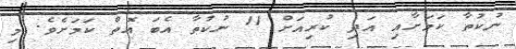
ނުކުތާ ކަމަށާއި އަދި ކުރިއަށް 11 ނުކުތާ އެބަ އޮތް ކަމަށެވެ. މި